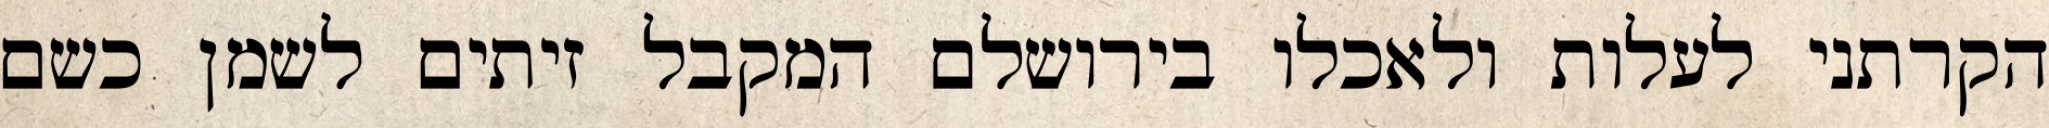
הקרתני לעלות ולאכלו בירושלם המקבל זיתים לשמן כשם